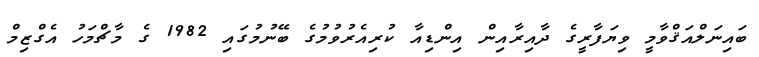
ބައިނަލްއަޤްވާމީ ވިޔަފާރީގެ ދާއިރާއިން އިންޑިއާ ކުރިއެރުވުމުގެ ބޭނުމުގައި 1982 ގެ މާޗްމަހު އެގްޒިމް